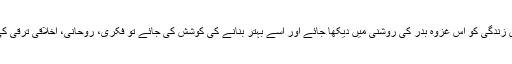
اگر انسان کی انفرادی زندگی کو اس غزوہ بدر کی روشنی میں دیکھا جائے اور اسے بہتر بنانے کی کوشش کی جائے تو فکری، روحانی، اخلاقی ترقی کی نئی راہیں ملیں گی۔